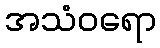
အသံဝရော